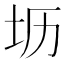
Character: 坜